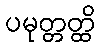
ပမုတ္တတ္ထိ